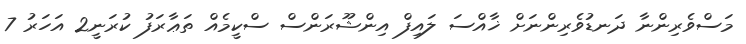
މަސްވެރިންނާ ދަނޑުވެރިންނަށް ޚާއްސަ ލައިފް އިންޝޫރަންސް ސްކީމެއް ތަޢާރަފު ކުރަނީ2 އަހަރު 7